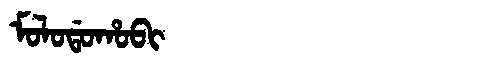
Manchu: ᠮᠣᠯᠣᡩᠣᡥᠣᠪᡳ
Romanization: MOLODOHOBI